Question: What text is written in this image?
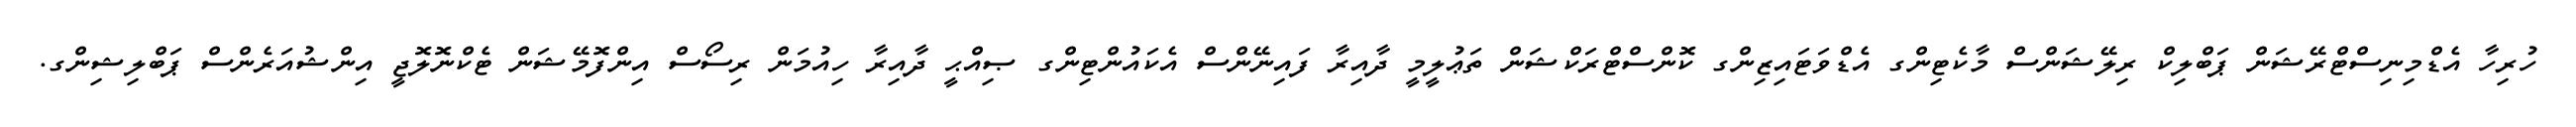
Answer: ހުރިހާ އެޑްމިނިސްޓްރޭޝަން ޕަބްލިކް ރިލޭޝަންސް މާކެޓިންގ އެޑްވަޓައިޒިންގ ކޮންސްޓްރަކްޝަން ތަޢުލީމީ ދާއިރާ ފައިނޭންސް އެކައުންޓިންގ ޞިއްޙީ ދާއިރާ ހިއުމަން ރިސޯސް އިންފޮމޭޝަން ޓެކްނޮލޮޖީ އިންޝުއަރެންސް ޕަބްލިޝިންގ.